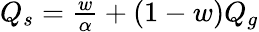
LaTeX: \begin{array}{r}{Q_{s}=\frac{w}{\alpha}+(1-w)Q_{g}}\end{array}